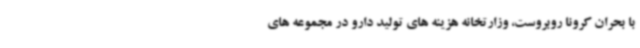
با بحران کرونا روبروست، وزارتخانه هزینه های تولید دارو در مجموعه های